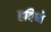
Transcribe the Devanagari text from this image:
हविष्ये